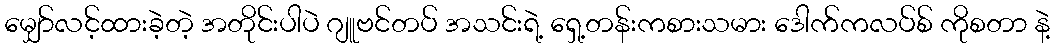
မျှော်လင့်ထားခဲ့တဲ့ အတိုင်းပါပဲ ဂျူဗင်တပ် အသင်းရဲ့ ရှေ့တန်းကစားသမား ဒေါက်ကလပ်စ် ကိုစတာ နဲ့